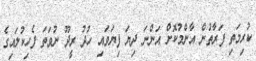
ކުރިމަތި ފަރާތުން އާންމުކޮށް އަންނަ ދިޔަ ފިޔަވައި ހުދު ރީދޫ ނުވަަތަ ފެހިކުލައިގެ